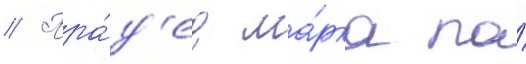
// Пра́д'ед ма́рка по́